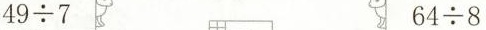
$$4 9 \div 7$$ $$6 4 \div 8$$